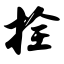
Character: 拴